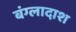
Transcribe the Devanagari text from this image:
बंग्लादाश